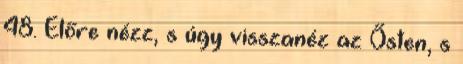
48. Előre nézz, s úgy visszanéz az Ősten, s